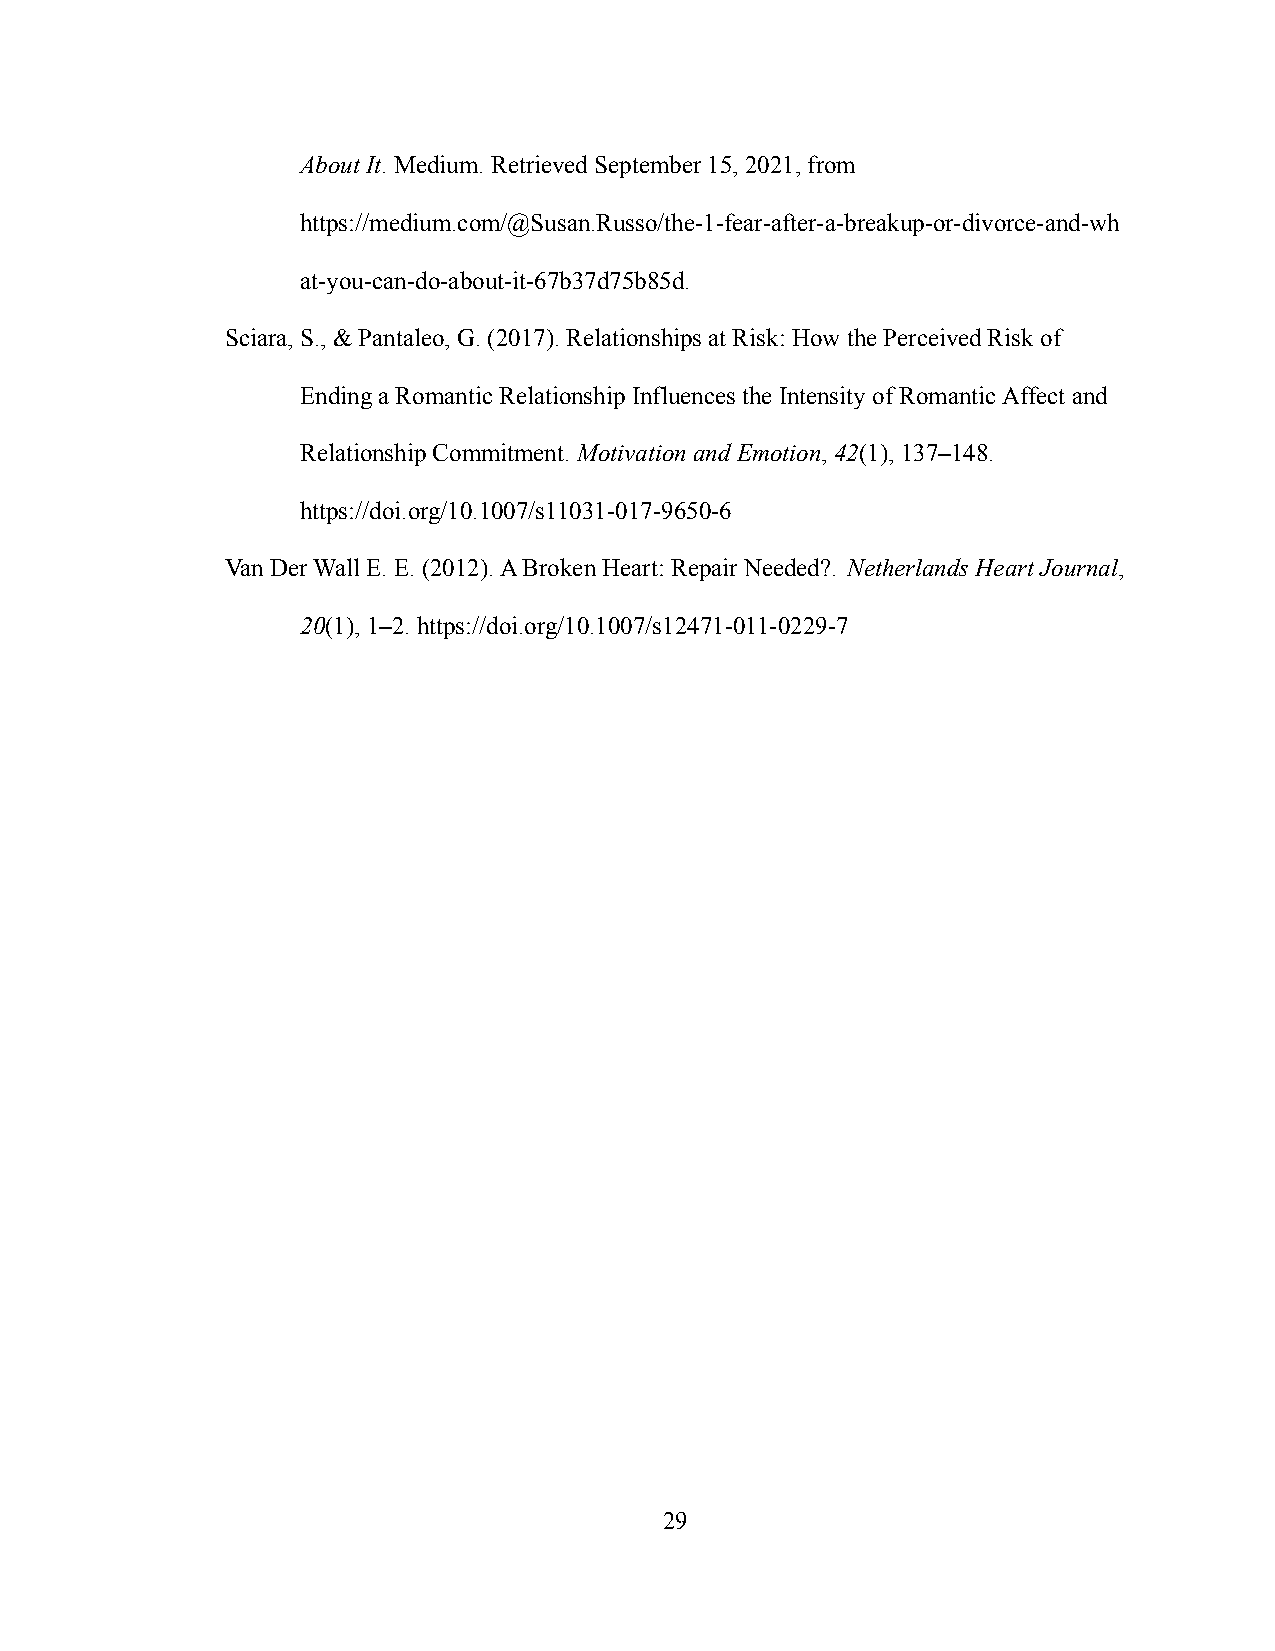
About It. Medium. Retrieved September 15, 2021, from
 https://medium.com/@Susan.Russo/the-1-fear-after-a-breakup-or-divorce-and-wh
 at-you-can-do-about-it-67b37d75b85d.
 Sciara, S., & Pantaleo, G. (2017). Relationships at Risk: How the Perceived Risk of
 Ending a Romantic Relationship Influences the Intensity of Romantic Affect and
 Relationship Commitment. Motivation and Emotion,42(1), 137–148.
 https://doi.org/10.1007/s11031-017-9650-6
 Van Der Wall E. E. (2012). A Broken Heart: Repair Needed?. Netherlands Heart Journal,
 20(1), 1–2. https://doi.org/10.1007/s12471-011-0229-7
 29